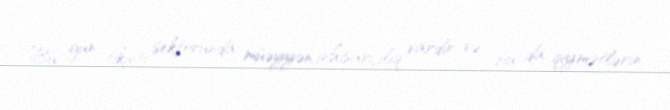
Bu gün tikinti sektorunda müəyyən inhisarçılıq vardır və bu da qiymətlərin